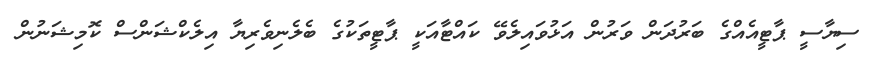
ސިޔާސީ ޕާޓީއެއްގެ ބަރުދަން ވަރުން އަޅުވައިލެވޭ ކައްޓާއަކީ ޕާޓީތަކުގެ ބެލެނިވެރިޔާ އިލެކްޝަންސް ކޮމިޝަނުން